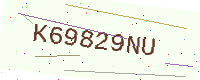
Text: K69829NU